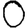
Digit: 0